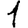
Digit: 1